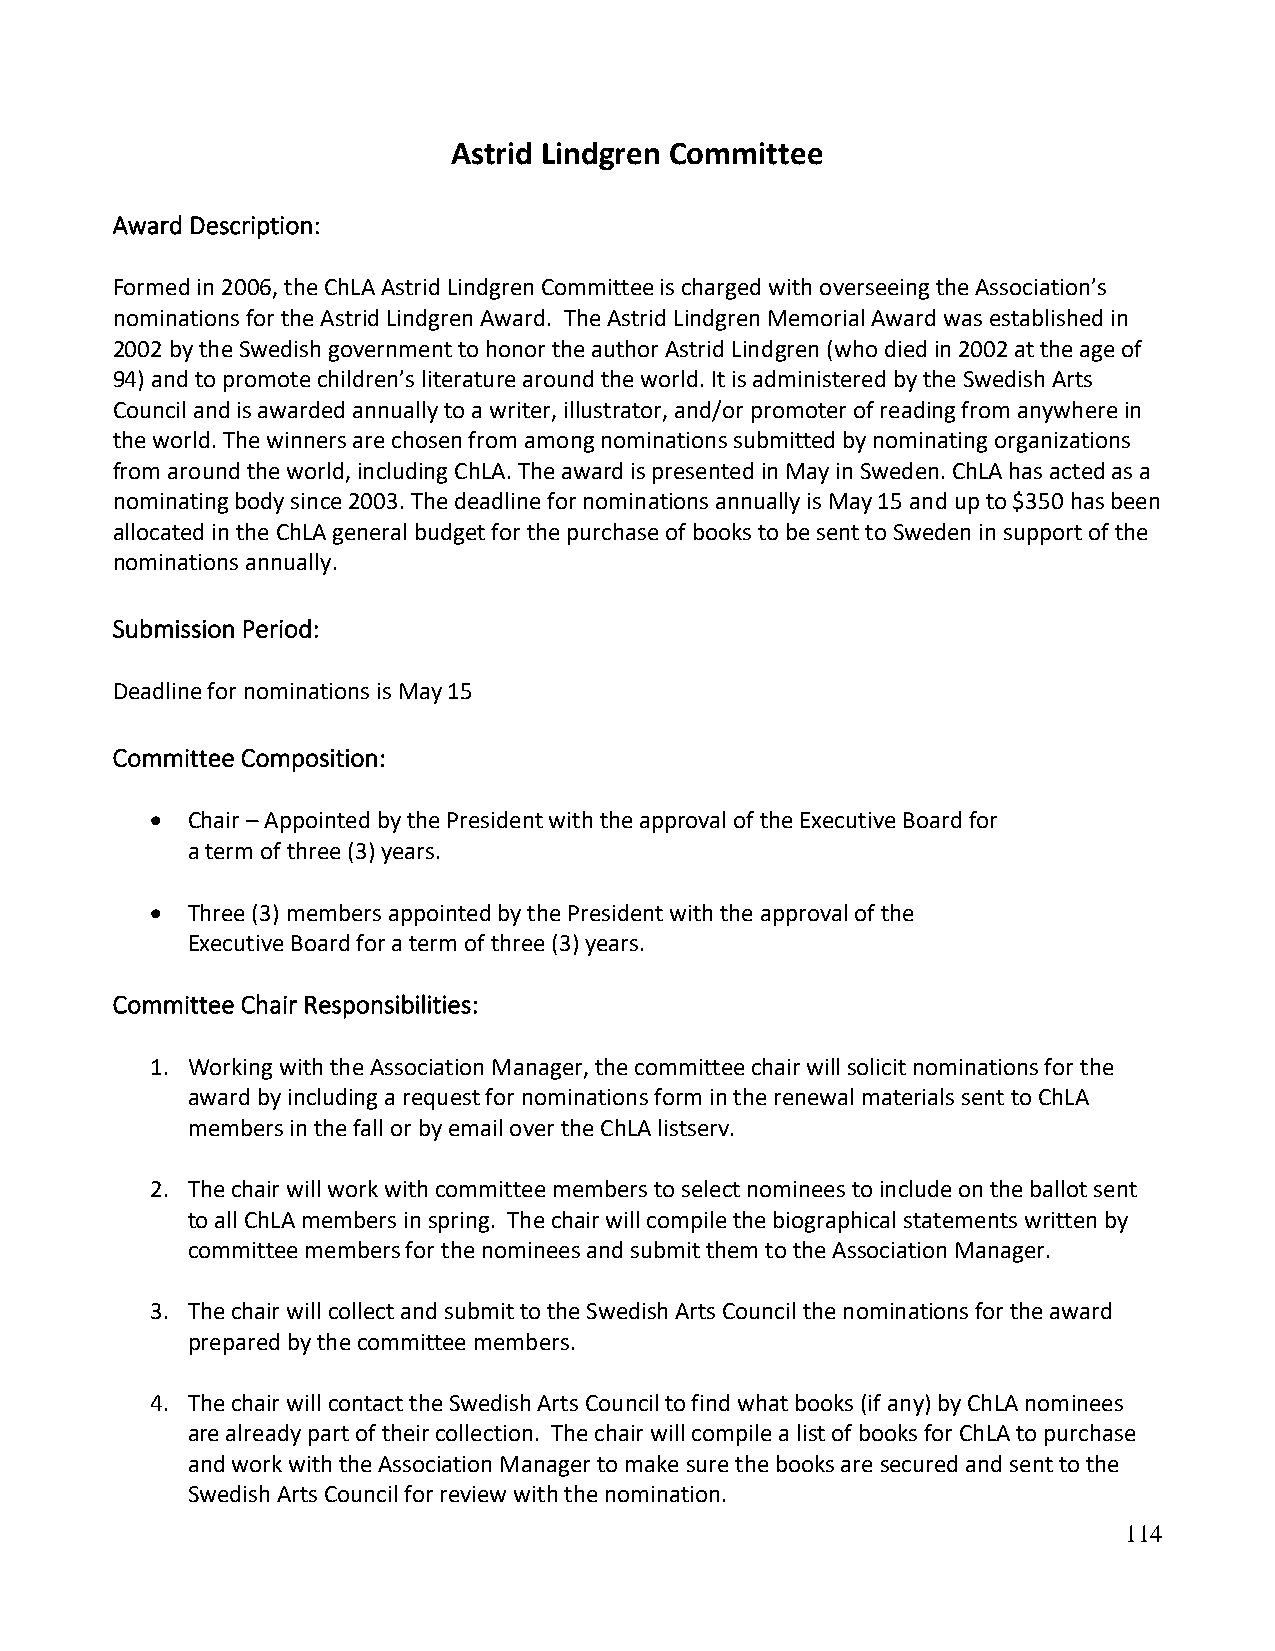
Astrid Lindgren Committee
 Award Description:
 Formed in 2006, the ChLA Astrid Lindgren Committee is charged with overseeing the Association’s
 nominations for the Astrid Lindgren Award. The Astrid Lindgren Memorial Award was established in
 2002 by the Swedish government to honor the author Astrid Lindgren (who died in 2002 at the age of
 94) and to promote children’s literature around the world. It is administered by the Swedish Arts
 Council and is awarded annually to a writer, illustrator, and/or promoter of reading from anywhere in
 the world. The winners are chosen from among nominations submitted by nominating organizations
 from around the world, including ChLA. The award is presented in May in Sweden. ChLA has acted as a
 nominating body since 2003. The deadline for nominations annually is May 15 and up to $350 has been
 allocated in the ChLA general budget for the purchase of books to be sent to Sweden in support of the
 nominations annually.
 Submission Period:
 Deadline for nominations is May 15
 Committee Composition:
 • Chair – Appointed by the President with the approval of the Executive Board for
 a term of three (3) years.
 • Three (3) members appointed by the President with the approval of the
 Executive Board for a term of three (3) years.
 Committee Chair Responsibilities:
 1. Working with the Association Manager, the committee chair will solicit nominations for the
 award by including a request for nominations form in the renewal materials sent to ChLA
 members in the fall or by email over the ChLA listserv.
 2. The chair will work with committee members to select nominees to include on the ballot sent
 to all ChLA members in spring. The chair will compile the biographical statements written by
 committee members for the nominees and submit them to the Association Manager.
 3. The chair will collect and submit to the Swedish Arts Council the nominations for the award
 prepared by the committee members.
 4. The chair will contact the Swedish Arts Council to find what books (if any) by ChLA nominees
 are already part of their collection. The chair will compile a list of books for ChLA to purchase
 and work with the Association Manager to make sure the books are secured and sent to the
 Swedish Arts Council for review with the nomination.
 114